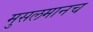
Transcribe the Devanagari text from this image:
मुसलमानच